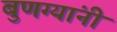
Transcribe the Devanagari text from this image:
बुणग्यांनी